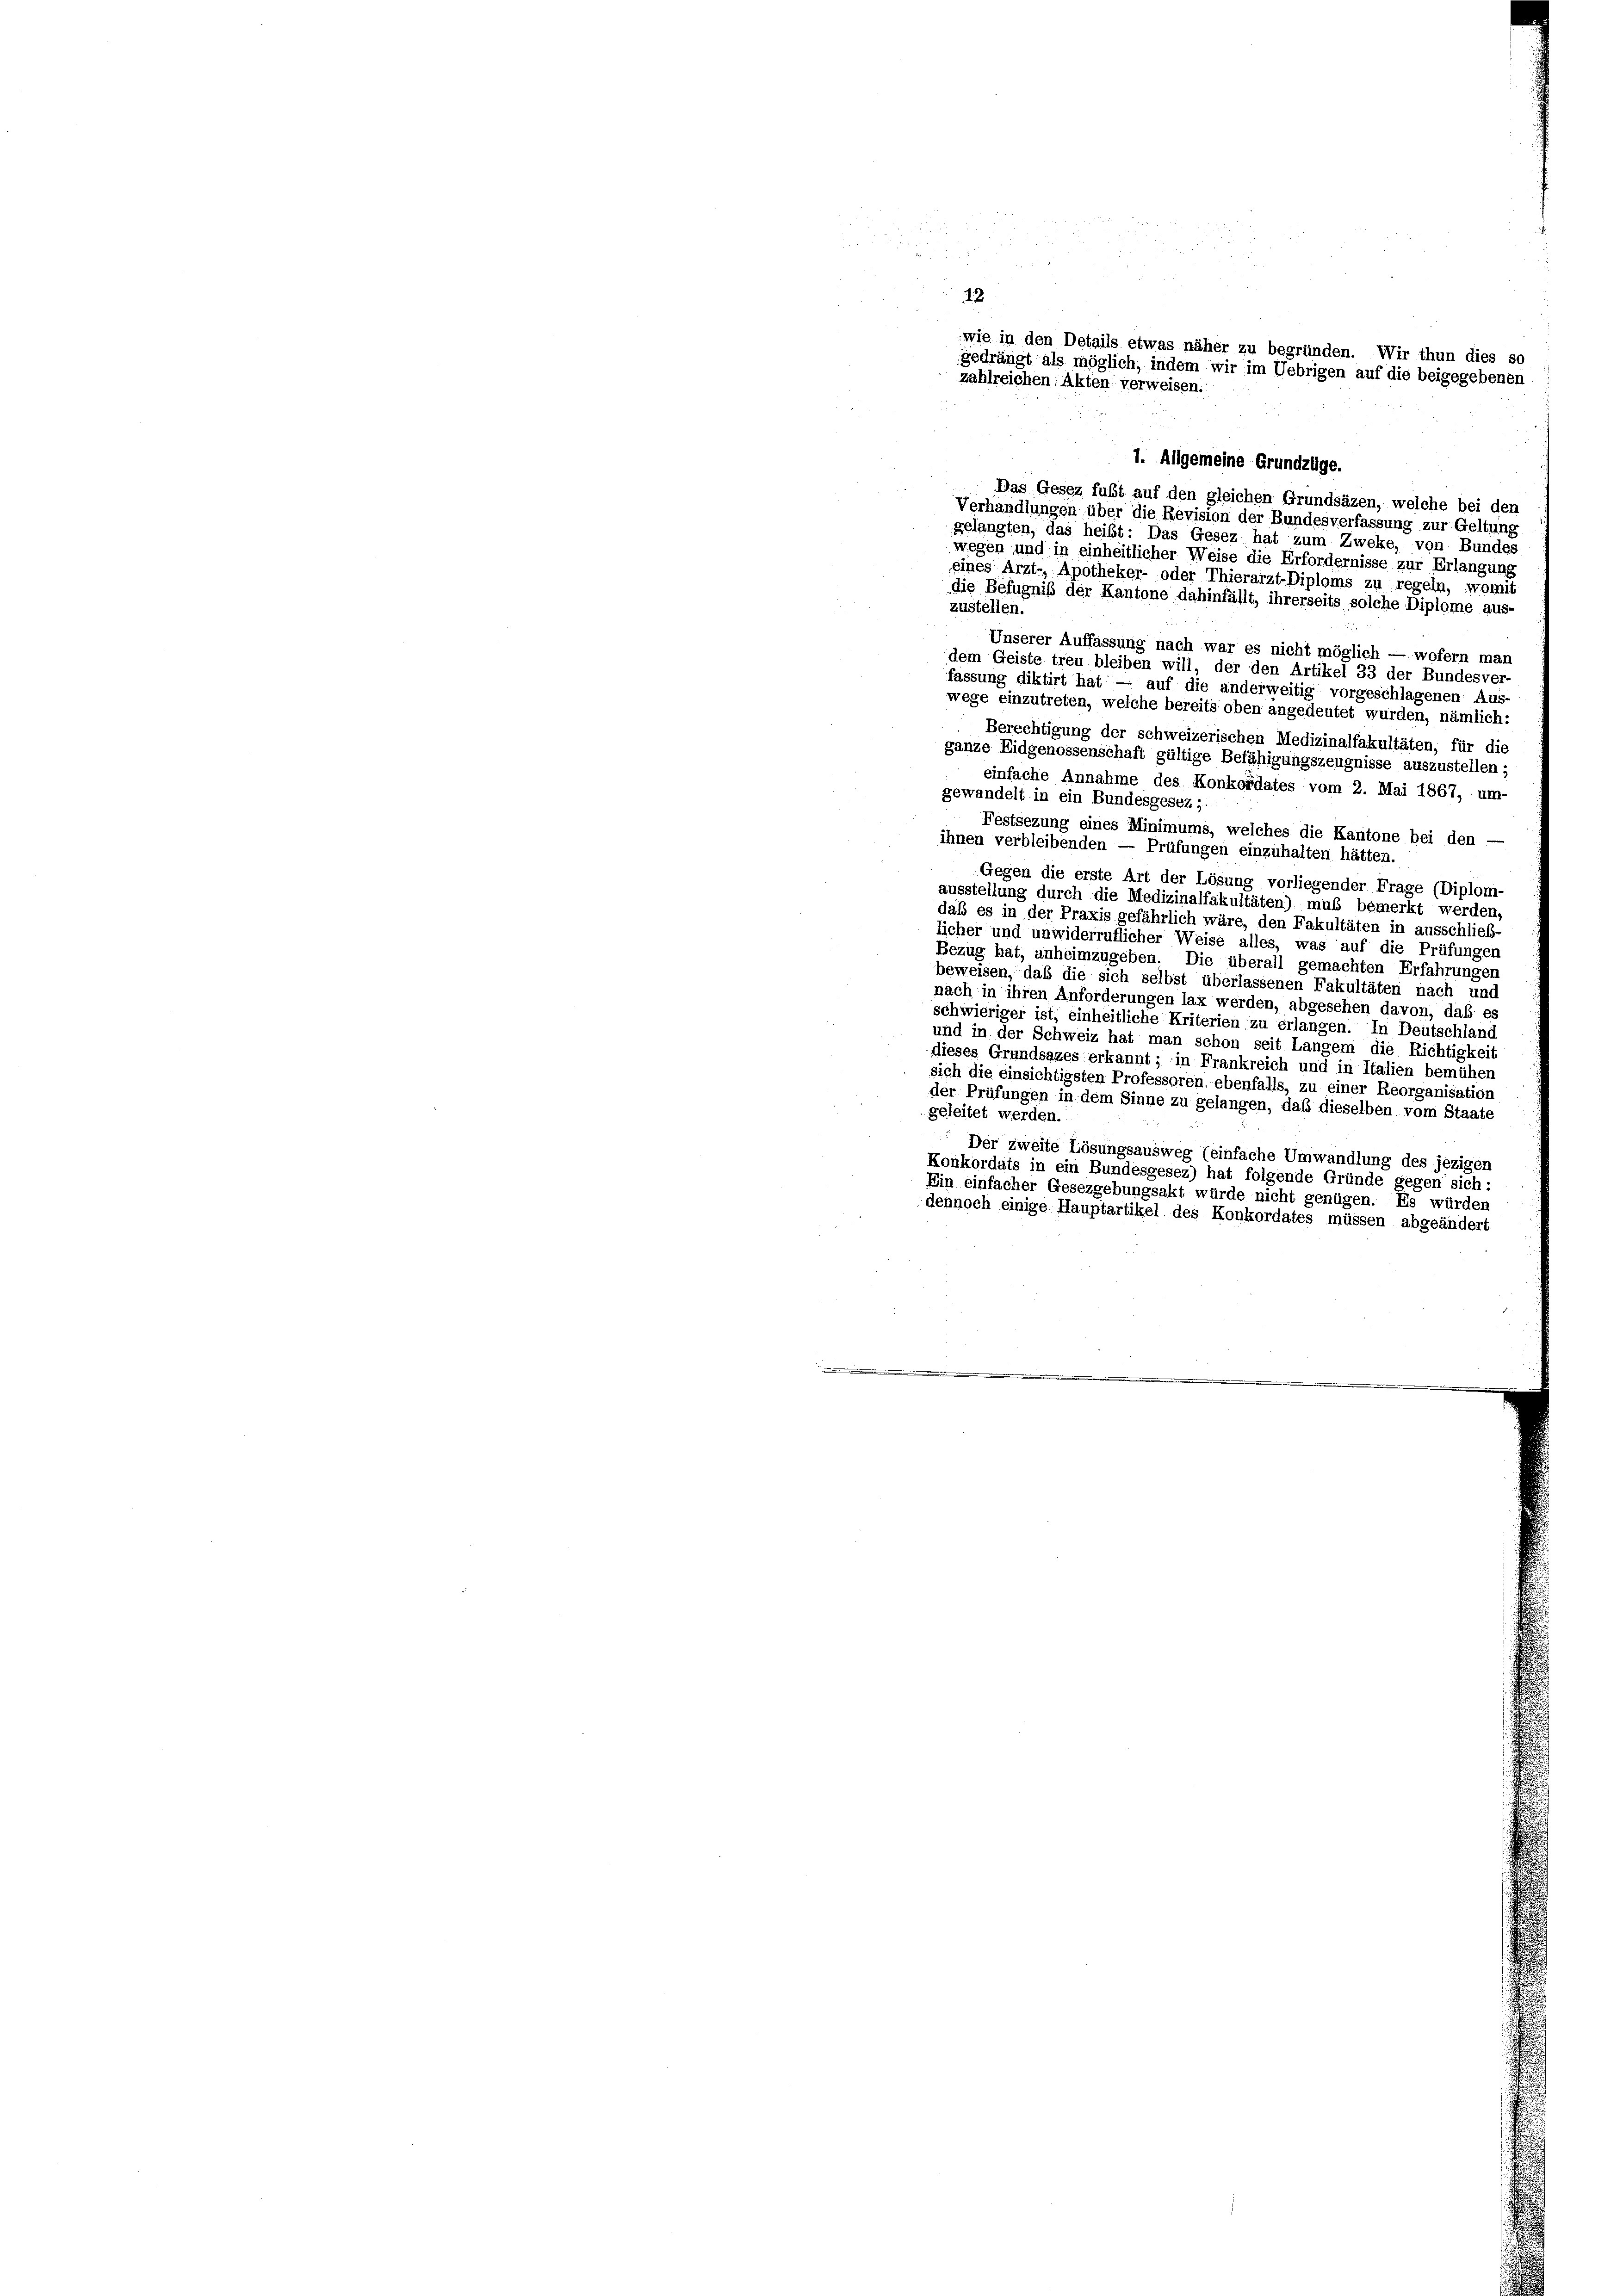
42
wie in den Details etwas näher zu begründen. Wir thun dies so
gedrängt als möglich, indem wir im Uebrigen auf die beigegebenen
zahlreichen Akten verweisen.

1. Allgemeine Grundzüge.
Das Gesez fuft auf den gleichen Grundsäzen, welche bei den
Verhandlungen über die Revision der Bundesverfassung zur Geltung
gelangten, das heißt: Das Gesez hat zum Zweke, von Bundes
wegen und in einheitlicher Weise die Erfordernisse zur Erlangung
eines Arzt-, Apotheker- oder Thierarzt-Diploms zu regeln, womit
die Befugniß der Kantone dahinfällt, ihrerseits solche Diplome aus-
zustellen.
Unserer Auffassung nach war es nicht möglich — wofern man
dem Geiste treu bleiben will, der den Artikel 33 der Bundesver-
fassung diktirt hat — auf die anderweitig vorgeschlagenen Aus-
wege einzutreten, welche bereits oben angedeutet wurden, nämlich:
Berechtigung der schweizerischen Medizinalfakultäten, für die
ganze Eidgenossenschaft gültige Befähigungszeugnisse auszustellen;
einfache Annahme des Konkordates vom 2. Mai 1867, um-
gewandelt in ein Bundesgesez ;.
Festsezung eines Minimums, welches die Kantone bei den —
ihnen verbleibenden — Prüfungen einzuhalten hätten.
Gegen die erste Art der Lösung vorliegender Frage (Diplom-
ausstellung durch die Medizinalfakultäten) muß bemerkt werden.
daß es in der Praxis gefährlich wäre, den Fakultäten in ausschließ-
licher und unwiderruflicher Weise alles, was auf die Prüfungen
Bezug hat, anheimzugeben. Die überall gemachten Erfahrungen
beweisen, daß die sich selbst überlassenen Fakultäten nach und
nach in ihren Anforderungen lax werden, abgesehen davon, daß es
schwieriger ist, einheitliche Kriterien zu erlangen. In Deutschland
und in der Schweiz hat man schon seit Langem die Richtigkeit
dieses Grundsazes erkannt; in Frankreich und in Italien bemühen
sich die einsichtigsten Professoren, ebenfalls, zu einer Reorganisation
der Prüfungen in dem Sinne zu gelangen, daß dieselben vom Staate
geleitet werden.
Der zweite Lösungsausweg (einfache Umwandlung des jezigen
Konkordats in ein Bundesgesez) hat folgende Gründe gegen sich:
Ein einfacher Gesezgebungsakt würde nicht genügen. Es würden
dennoch einige Hauptartikel des Konkordates müssen abgeändert